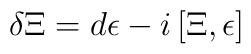
\delta\Xi=d\epsilon-i\,[\Xi,\epsilon]